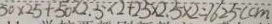
5 0 \times 2 5 + 5 0 \times 2 . 5 \times 2 + 2 5 \times 2 . 5 \times 2 = 1 6 2 5 ( c m